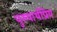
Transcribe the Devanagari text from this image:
पुरुषार्थप्रिय